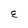
Character: E